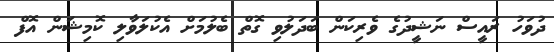
ދުވަހު ރައީސް ނަޝީދުގެ ވެރިކަން ބަދަލުވި ގޮތް ބެލުމަށް އެކުލަވާލި ކޮމިޝަން އޮފް